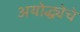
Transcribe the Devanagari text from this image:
अयोद्ध्येचे